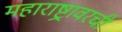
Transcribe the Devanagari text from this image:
महाराष्ट्रावरची